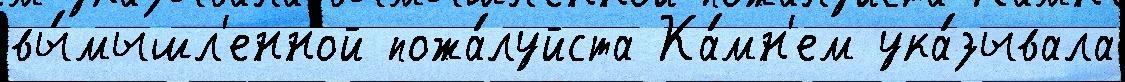
вы́мышл'енной пожа́луйста Ка́мн'ем ука́зывала